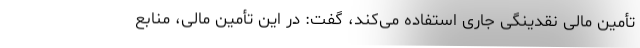
تأمین مالی نقدینگی جاری استفاده می‌کند، گفت: در این تأمین مالی، منابع